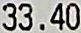
33.40